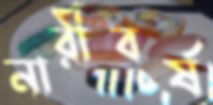
নারীবর্ষ